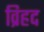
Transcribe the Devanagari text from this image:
व्रिहद